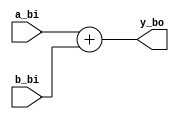
`timescale 1ns / 1ps

module sum (

    input signed [7:0] a_bi,
    input signed [7:0] b_bi,

    output signed [7:0] y_bo
);



    assign y_bo = a_bi + b_bi;
    
    
endmodule